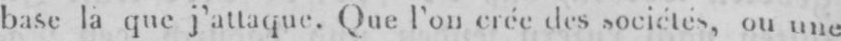
prémédité! la que j’attaque. Que l’on crée des sociétés, ou une